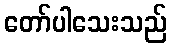
တော်ပါသေးသည်